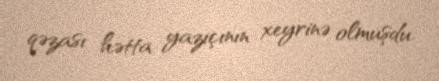
qəzası hətta yazıçının xeyrinə olmuşdu.